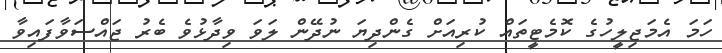
ހަމަ އެމަޖިލީހުގެ ކޮމެޓީތައް ކުރިއަށް ގެންދިޔަ ނުދޭން ލަވަ ވިދާޅުވެ ބެރު ޖައްސަވާފައިވާ